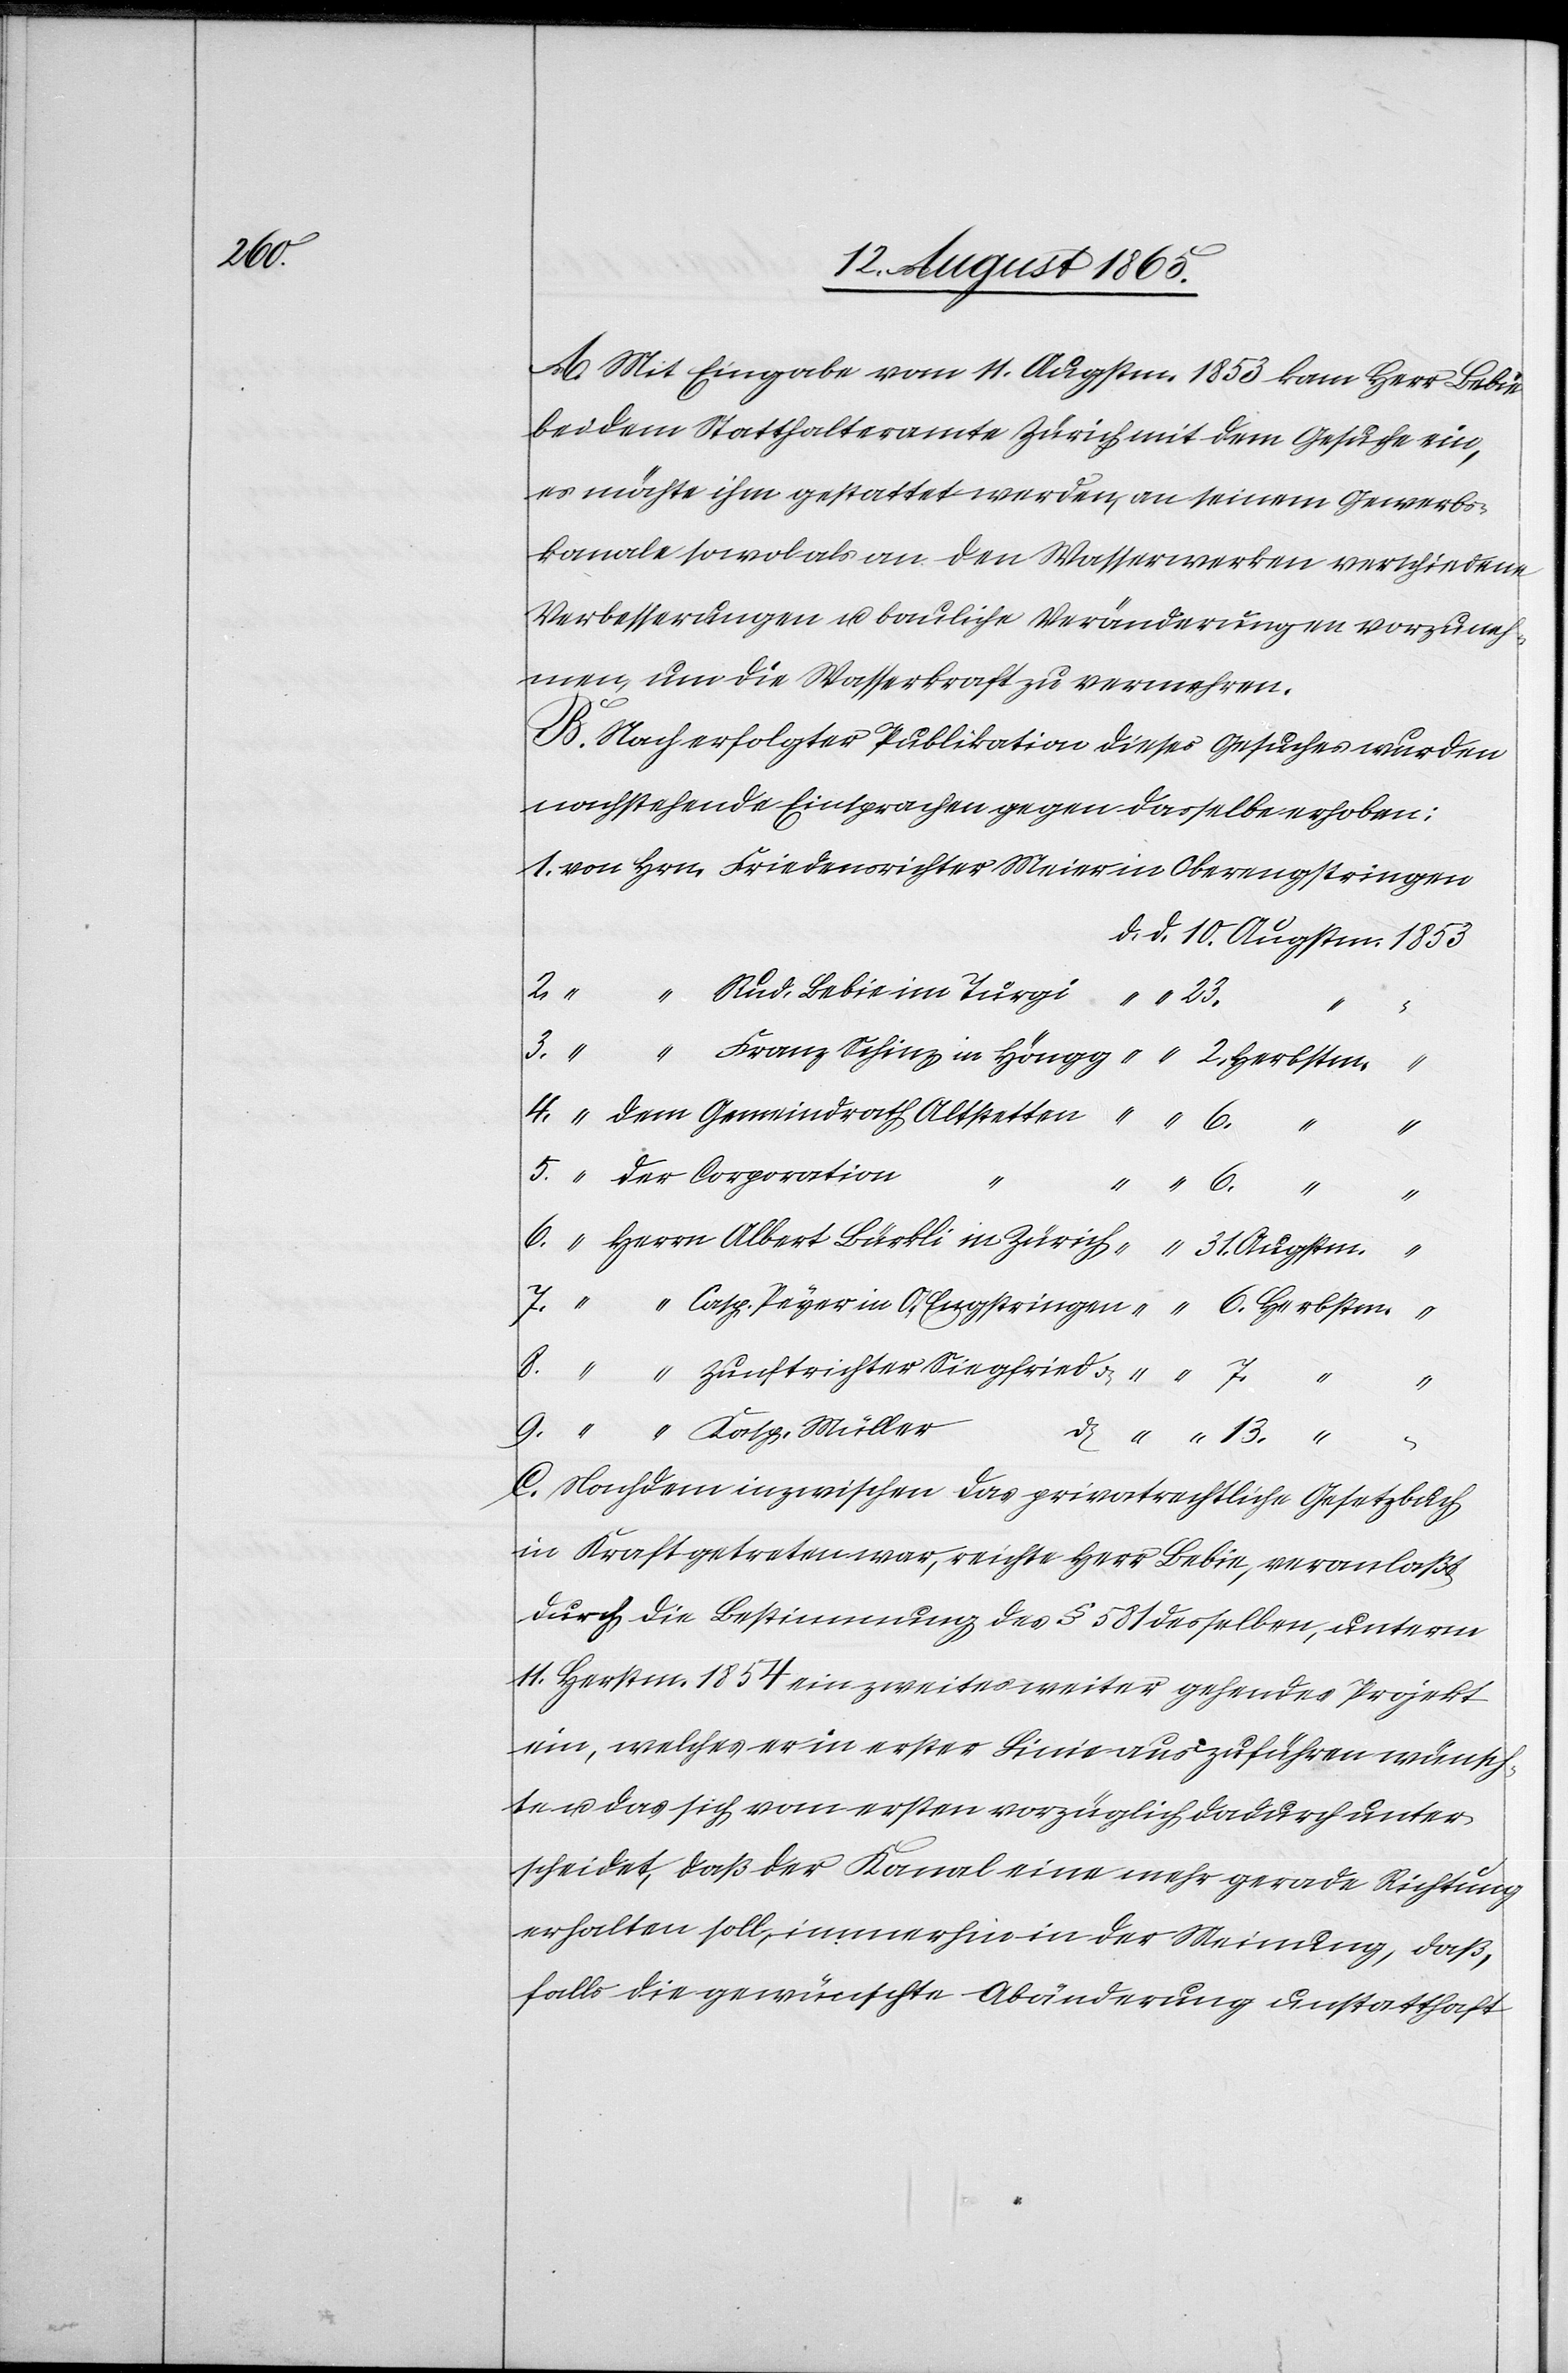
A. Mit Eingabe vom 11. Augstm. 1853 kam Herr Bebie
bei dem Statthalteramte Zürich mit dem Gesuche ein,
es möchte ihm gestattet werden, an seinem Gewerbs¬
kanale sowol als an den Wasserwerken verschiedene
Verbesserungen u. bauliche Veränderungen vorzuneh¬
men, um die Wasserkraft zu vermehren.
B. Nach erfolgter Publikation dieses Gesuches wurden
nachstehende Einsprachen gegen dasselbe erhoben:
1. von Hrn. Friedensrichter Meier in Oberengstringen
d. d. 10. Augstm. 1853
2.
Rud. Bebie im Turgi “ “ 23.
“
“
3. “ “ Franz Schinz in Höngg “ “ 2. Herbstm.
“
4. “ dem Gemeindrath Altstetten
“ “ 6. “
“
5. “ der Corporation
“
6. “ Herrn Albert Bürkli in Zürich, “ “ 31. Augstm.
“
7. “ “ Casp. Peyer in O/Engstringen “ “ 6. Herbstm. “
8. “ “ Zunftrichter Siegfried d 7.
“
“
9. “ “ Kasp. Müller
“ “
C. Nachdem inzwischen das privatrechtliche Gesetzbuch
in Kraft getreten war, reichte Herr Bebie, veranlaßt
durch die Bestimmung des § 581 desselben, unterm
11. Herbstm. 1854 ein zweites weiter gehendes Projekt
ein, welches er in erster Linie auszuführen wünsch¬
te u. das sich vom ersten vorzüglich dadurch unter¬
scheidet, daß der Kanal eine mehr gerade Richtung
erhalten soll, immerhin in der Meinung, daß,
falls die gewünschte Abänderung unstatthaft